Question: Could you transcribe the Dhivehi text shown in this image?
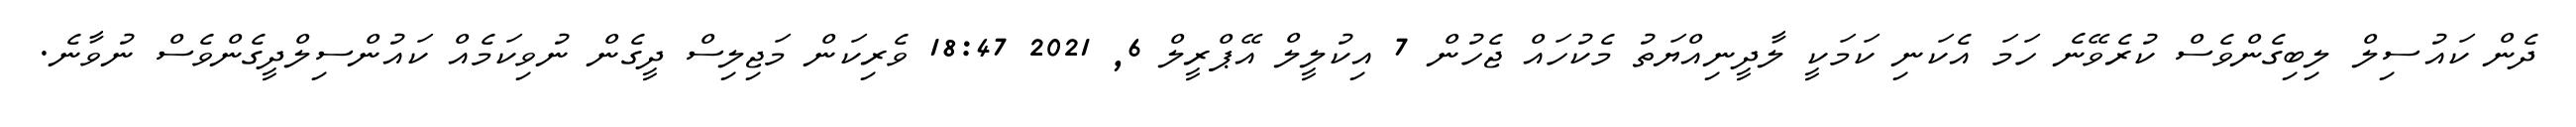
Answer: ދެން ކައުސިލް ލިބިގެންވެސް ކުރެވޭނެ ހަމަ އެކަނި ކަމަކީ ލާދީނިއްޔަތު މެކުހައް ޖެހުން 7 އިކުލީލް އޭޕްރީލް 6, 2021 18:47 ވެރިކަން މަޖިލިސް ދީގެން ނުވިކަމެއް ކައުންސިލްދީގެންވެސް ނުވާނެ.